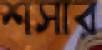
শসার